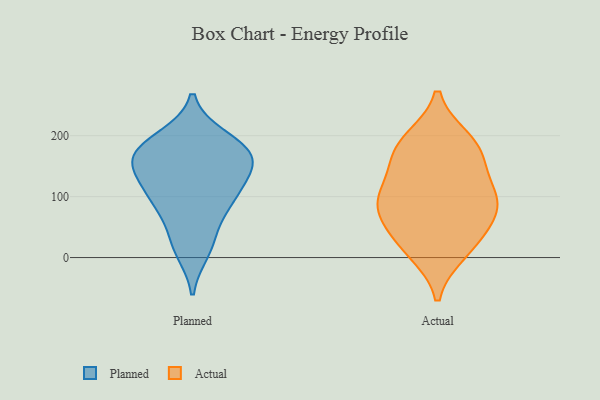
{"axis": {"x": "Page Views", "y": "Value"}, "legend": ["Actual", "Planned"], "data": [{"x": "", "y": 159, "type": "Planned"}, {"x": "", "y": 172, "type": "Planned"}, {"x": "", "y": 95, "type": "Planned"}, {"x": "", "y": 31, "type": "Planned"}, {"x": "", "y": 10, "type": "Planned"}, {"x": "", "y": 190, "type": "Planned"}, {"x": "", "y": 108, "type": "Planned"}, {"x": "", "y": 158, "type": "Planned"}, {"x": "", "y": 75, "type": "Planned"}, {"x": "", "y": 197, "type": "Planned"}, {"x": "", "y": 145, "type": "Planned"}, {"x": "", "y": 110, "type": "Planned"}, {"x": "", "y": 163, "type": "Planned"}, {"x": "", "y": 192, "type": "Actual"}, {"x": "", "y": 91, "type": "Actual"}, {"x": "", "y": 157, "type": "Actual"}, {"x": "", "y": 169, "type": "Actual"}, {"x": "", "y": 108, "type": "Actual"}, {"x": "", "y": 80, "type": "Actual"}, {"x": "", "y": 40, "type": "Actual"}, {"x": "", "y": 10, "type": "Actual"}, {"x": "", "y": 186, "type": "Actual"}, {"x": "", "y": 79, "type": "Actual"}, {"x": "", "y": 21, "type": "Actual"}, {"x": "", "y": 100, "type": "Actual"}]}